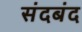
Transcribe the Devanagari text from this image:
संदबंद